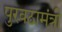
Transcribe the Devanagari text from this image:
पुरवठामंत्री